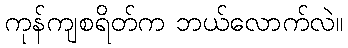
ကုန်ကျစရိတ်က ဘယ်လောက်လဲ။